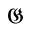
\mathfrak { G }